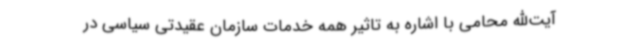
آیت‌الله محامی با اشاره به تاثیر همه خدمات سازمان عقیدتی سیاسی در